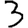
Digit: 3